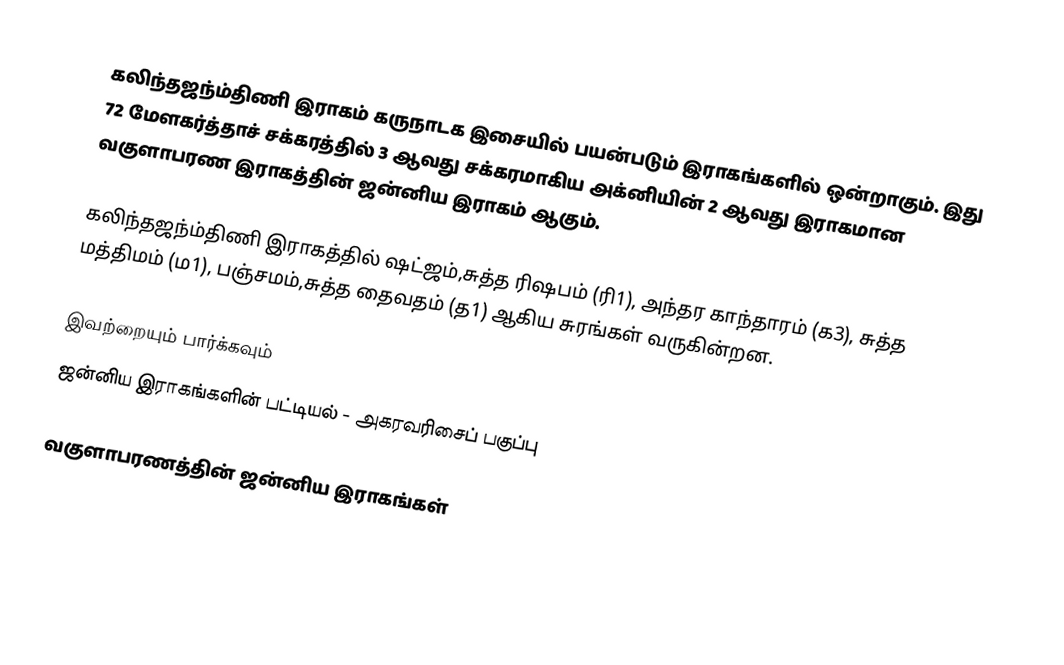
கலிந்தஜந்ம்திணி இராகம் கருநாடக இசையில் பயன்படும் இராகங்களில் ஒன்றாகும். இது 72 மேளகர்த்தாச் சக்கரத்தில் 3 ஆவது சக்கரமாகிய அக்னியின் 2 ஆவது இராகமான வகுளாபரண இராகத்தின் ஜன்னிய இராகம் ஆகும்.

கலிந்தஜந்ம்திணி இராகத்தில் ஷட்ஜம்,சுத்த ரிஷபம் (ரி1), அந்தர காந்தாரம் (க3), சுத்த மத்திமம் (ம1), பஞ்சமம்,சுத்த தைவதம் (த1) ஆகிய சுரங்கள் வருகின்றன.

இவற்றையும் பார்க்கவும்
 ஜன்னிய இராகங்களின் பட்டியல் - அகரவரிசைப் பகுப்பு

வகுளாபரணத்தின் ஜன்னிய இராகங்கள்